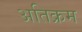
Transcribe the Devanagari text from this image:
अतिक्रम